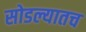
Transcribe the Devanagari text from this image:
सोडल्यातच